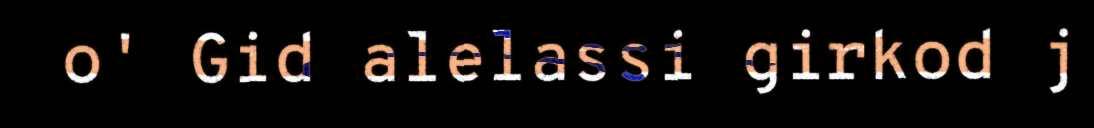
o' Gid alelassi girkod j